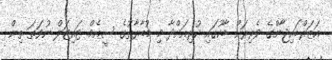
އަޒަރްބައިޖާންގެ ވެރިރަށް ބާކޫގައި ކުރިއަށްދާ މި މުބާރާތުގެ ސީއެމް ޓައިޓަލް ނުވަތަ ތިން